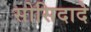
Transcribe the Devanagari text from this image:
सोसिदादे